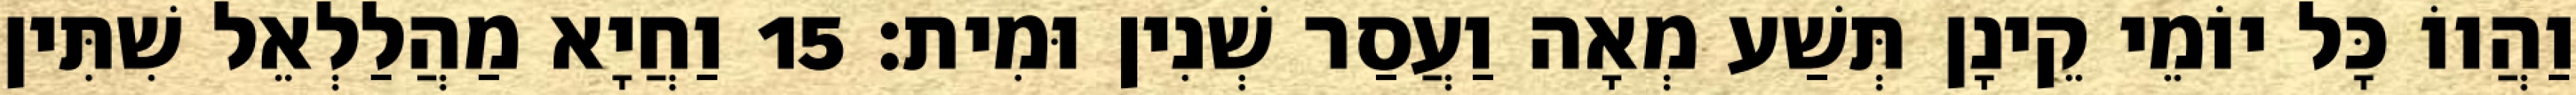
וַהֲווֹ כָּל יוֹמֵי קֵינָן תְּשַׁע מְאָה וַעֲסַר שְׁנִין וּמִית׃ 15 וַחֲיָא מַהֲלַלְאֵל שִׁתִּין